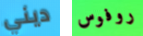
ديني روفوس